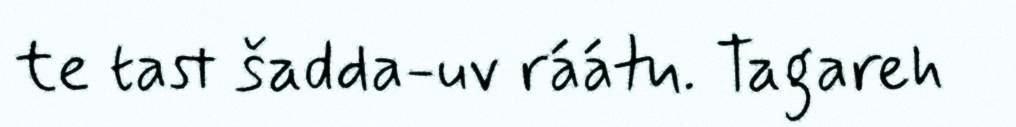
te tast šadda-uv ráátu. Tagareh